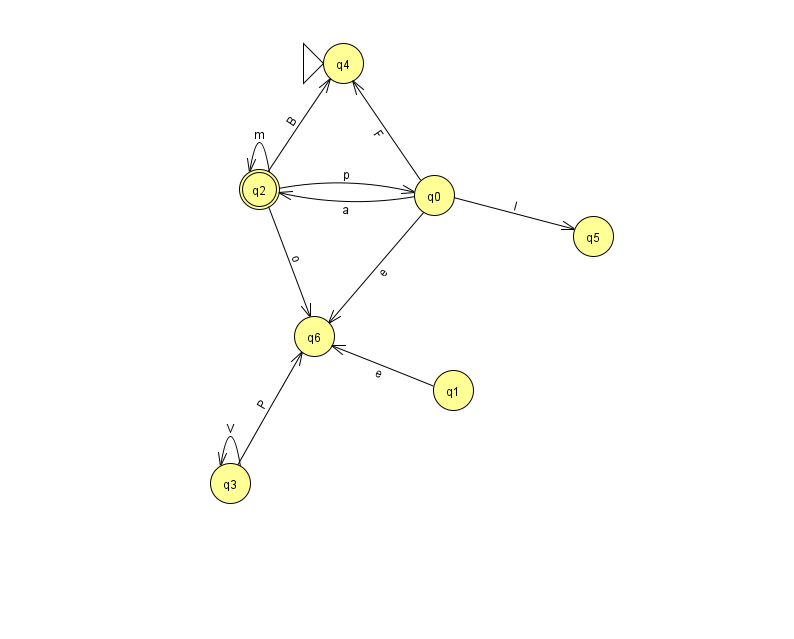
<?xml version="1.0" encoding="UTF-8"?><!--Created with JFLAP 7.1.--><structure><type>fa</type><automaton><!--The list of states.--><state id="0" name="q0"><x>434.0</x><y>182.0</y></state><state id="1" name="q1"><x>453.0</x><y>377.0</y></state><state id="2" name="q2"><x>259.0</x><y>176.0</y><final/></state><state id="3" name="q3"><x>230.0</x><y>470.0</y></state><state id="4" name="q4"><x>343.0</x><y>50.0</y><initial/></state><state id="5" name="q5"><x>593.0</x><y>223.0</y></state><state id="6" name="q6"><x>314.0</x><y>323.0</y></state><!--The list of transitions.--><transition><from>1</from><to>6</to><read>e</read></transition><transition><from>0</from><to>5</to><read>l</read></transition><transition><from>2</from><to>0</to><read>p</read></transition><transition><from>0</from><to>2</to><read>a</read></transition><transition><from>2</from><to>6</to><read>o</read></transition><transition><from>3</from><to>3</to><read>V</read></transition><transition><from>3</from><to>6</to><read>P</read></transition><transition><from>0</from><to>6</to><read>e</read></transition><transition><from>2</from><to>2</to><read>m</read></transition><transition><from>0</from><to>4</to><read>F</read></transition><transition><from>2</from><to>4</to><read>B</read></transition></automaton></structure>